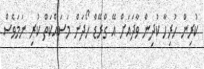
ކުރިން ހުރިހާ ކުދިން ވާދައަށް އޭ ގްރޭޑް ހޯދަން މަސައްކަތް ކުރި ނަމަވެސް